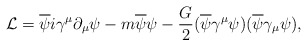
\begin{align*}{\cal L} = \overline{\psi}i\gamma^{\mu}\partial_{\mu}\psi - m\overline{\psi}\psi -\frac{G}{2}(\overline{\psi}\gamma^{\mu}\psi)(\overline{\psi}\gamma_{\mu}\psi),\end{align*}